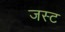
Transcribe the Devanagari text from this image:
जस्‍ट